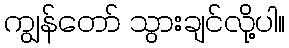
ကျွန်တော် သွားချင်လို့ပါ။